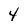
Character: 4